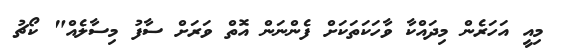
މިއީ އަހަރެން މިދައްކާ ވާހަކަތަކަށް ފެންނަން އޮތް ވަރަށް ސާފު މިސާލެއް" ކޯޗު